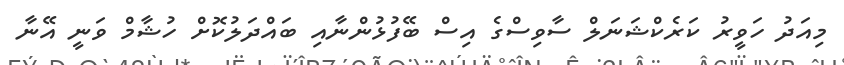
މިއަދު ހަވީރު ކަރެކްޝަނަލް ސާވިސްގެ އިސް ބޭފުޅުންނާއި ބައްދަލުކޮށް ހުޝާމް ވަނީ އޭނާ